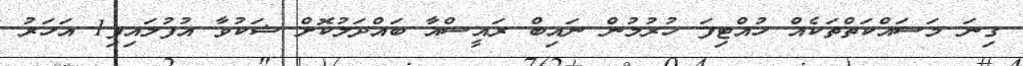
ގިނަ މަސައްކަތްތަކެއް ހުއްޓިފަ ހުރުމުން ނައިބް ރައީސްއާ ބައްދަލުކޮށް ޝަކުވާ އުފުލައިފި1 އަހަރު